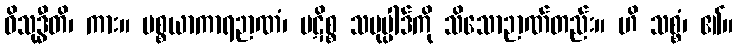
ဝိသုဒ္ဓီတိ၊ ကား။ ပစ္စယာကာရဉာဏံ၊ ပဋိစ္စ သမုပ္ပါဒ်ကို သိသောဉာဏ်တည်း။ ဟိ သစ္စံ၊ ၏။